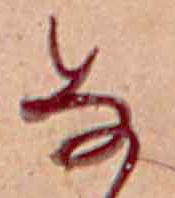
な